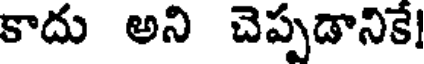
కాదు అని చెప్పడానికే!